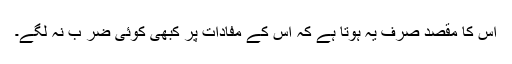
اس کا مقصد صرف یہ ہوتا ہے کہ اس کے مفادات پر کبھی کوئی ضر ب نہ لگے۔